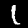
Digit: 1